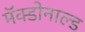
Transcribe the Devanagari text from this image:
मॅक्डोनाल्ड